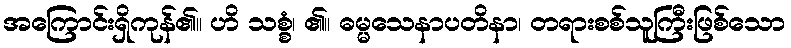
အကြောင်းရှိကုန်၏။ ဟိ သစ္စံ၊ ၏။ ဓမ္မသေနာပတိနာ၊ တရားစစ်သူကြီးဖြစ်သော